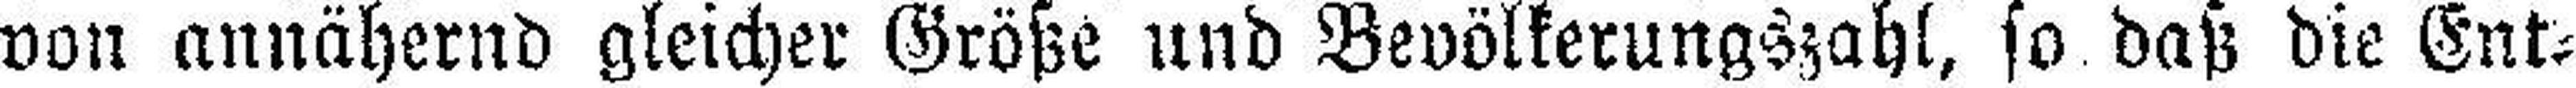
von annähernd gleicher Größe und Bsvölkerungszahl, so daß die Ent¬